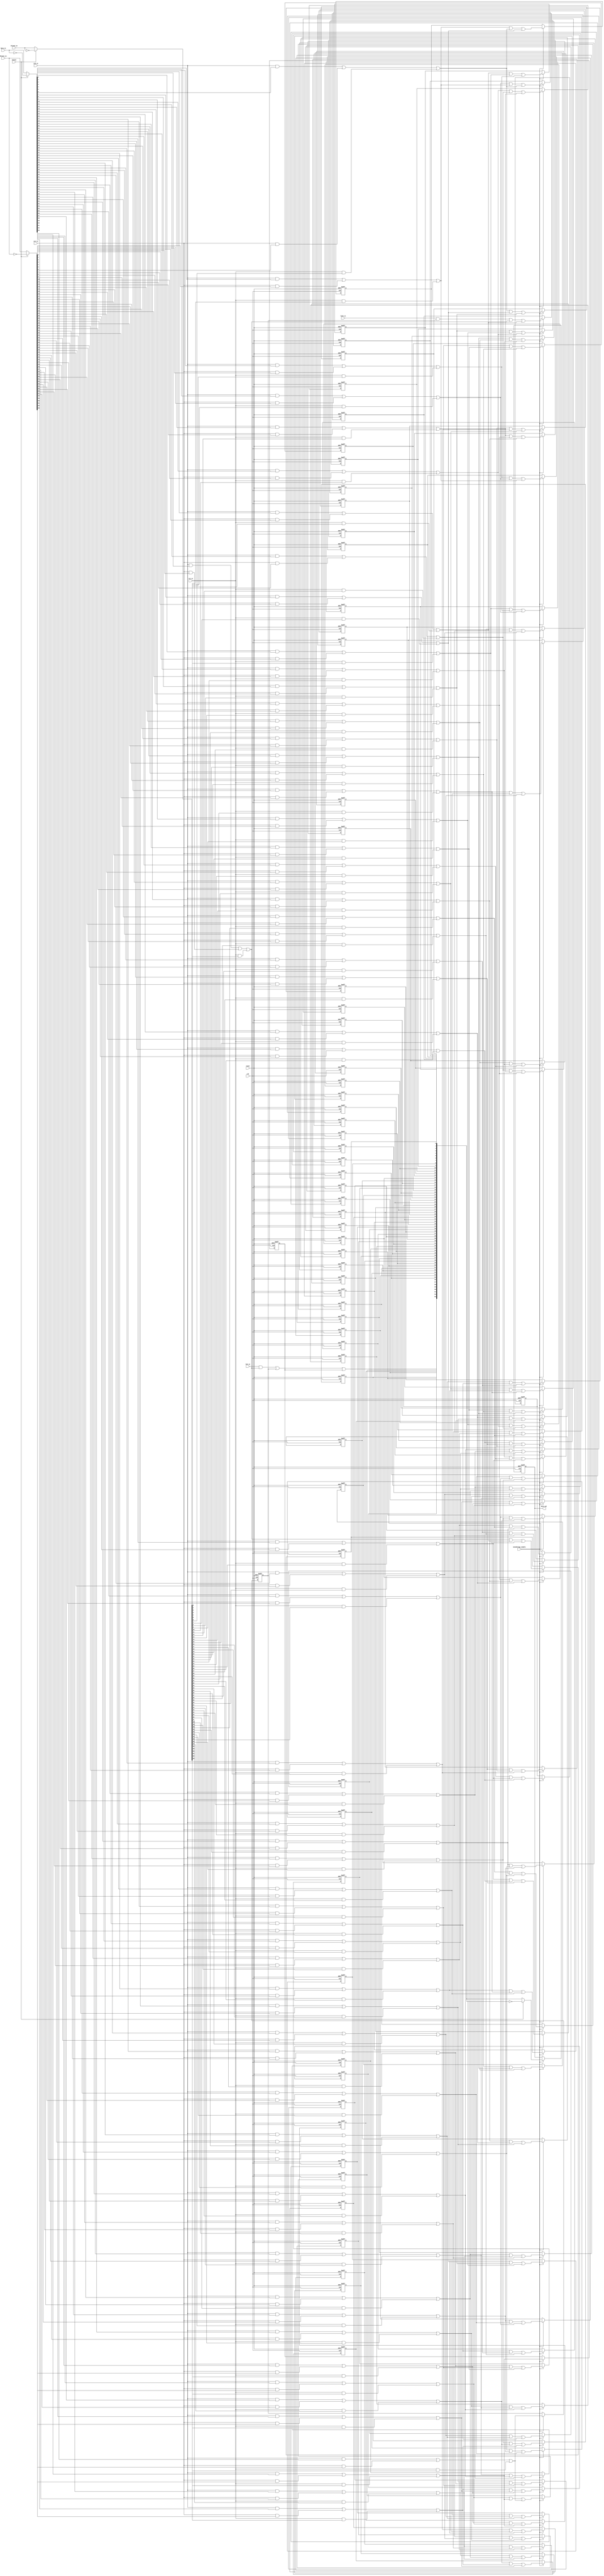
module morphology(clk, reset, Data_in, Dline1_in, Dline2_in, vc0_in, vc1_in, vc2_in, hc0_in, hc63_in, choose, data_out, morphology_enable);
   input    [63:0]   Data_in;  //data in
   input    [63:0]   Dline1_in; 
   input    [63:0]   Dline2_in; //Delay line
   input             clk, morphology_enable;
   input             reset;
   input             choose;//0:Dilation 1:Erosion
   input             vc0_in, vc1_in, vc2_in;
   input             hc0_in, hc63_in;  //Bz
   
   output   [63:0]   data_out;
   
   
   
   wire     [63:0]   data_out_w;
	wire     [63:0]   a_w, b_w, c_w;             
	wire              row_compute_00_w; 
	wire              row_compute_01_w; 
	wire              row_compute_02_w; 
	wire              row_compute_03_w; 
	wire              row_compute_04_w; 
	wire              row_compute_05_w; 
	wire              row_compute_06_w; 
	wire              row_compute_07_w; 
	wire              row_compute_08_w; 
	wire              row_compute_09_w; 
	wire              row_compute_10_w; 
	wire              row_compute_11_w; 
	wire              row_compute_12_w; 
	wire              row_compute_13_w; 
	wire              row_compute_14_w; 
	wire              row_compute_15_w; 
	wire              row_compute_16_w; 
	wire              row_compute_17_w; 
	wire              row_compute_18_w; 
	wire              row_compute_19_w; 
	wire              row_compute_20_w; 
	wire              row_compute_21_w; 
	wire              row_compute_22_w; 
	wire              row_compute_23_w; 
	wire              row_compute_24_w; 
	wire              row_compute_25_w; 
	wire              row_compute_26_w; 
	wire              row_compute_27_w; 
	wire              row_compute_28_w; 
	wire              row_compute_29_w; 
	wire              row_compute_30_w; 
	wire              row_compute_31_w; 
	wire              row_compute_32_w; 
	wire              row_compute_33_w; 
	wire              row_compute_34_w; 
	wire              row_compute_35_w; 
	wire              row_compute_36_w; 
	wire              row_compute_37_w; 
	wire              row_compute_38_w; 
	wire              row_compute_39_w; 
	wire              row_compute_40_w; 
	wire              row_compute_41_w; 
	wire              row_compute_42_w; 
	wire              row_compute_43_w; 
	wire              row_compute_44_w; 
	wire              row_compute_45_w; 
	wire              row_compute_46_w; 
	wire              row_compute_47_w; 
	wire              row_compute_48_w; 
	wire              row_compute_49_w; 
	wire              row_compute_50_w; 
	wire              row_compute_51_w; 
	wire              row_compute_52_w; 
	wire              row_compute_53_w; 
	wire              row_compute_54_w; 
	wire              row_compute_55_w; 
	wire              row_compute_56_w; 
	wire              row_compute_57_w; 
	wire              row_compute_58_w; 
	wire              row_compute_59_w; 
	wire              row_compute_60_w; 
	wire              row_compute_61_w; 
	wire              row_compute_62_w; 
	wire              row_compute_63_w; 
	
	wire     [63:0]   r_w; 
	
	
	wire              p00_w; 
	wire              p01_w; 
	wire              p02_w; 
	wire              p03_w; 
	wire              p04_w; 
	wire              p05_w; 
	wire              p06_w; 
	wire              p07_w; 
	wire              p08_w; 
	wire              p09_w; 
	wire              p10_w; 
	wire              p11_w; 
	wire              p12_w; 
	wire              p13_w; 
	wire              p14_w; 
	wire              p15_w; 
	wire              p16_w; 
	wire              p17_w; 
	wire              p18_w; 
	wire              p19_w; 
	wire              p20_w; 
	wire              p21_w; 
	wire              p22_w; 
	wire              p23_w; 
	wire              p24_w; 
	wire              p25_w; 
	wire              p26_w; 
	wire              p27_w; 
	wire              p28_w; 
	wire              p29_w; 
	wire              p30_w; 
	wire              p31_w; 
	wire              p32_w; 
	wire              p33_w; 
	wire              p34_w; 
	wire              p35_w; 
	wire              p36_w; 
	wire              p37_w; 
	wire              p38_w; 
	wire              p39_w; 
	wire              p40_w; 
	wire              p41_w; 
	wire              p42_w; 
	wire              p43_w; 
	wire              p44_w; 
	wire              p45_w; 
	wire              p46_w; 
	wire              p47_w; 
	wire              p48_w; 
	wire              p49_w; 
	wire              p50_w; 
	wire              p51_w; 
	wire              p52_w; 
	wire              p53_w; 
	wire              p54_w; 
	wire              p55_w; 
	wire              p56_w; 
	wire              p57_w; 
	wire              p58_w; 
	wire              p59_w; 
	wire              p60_w; 
	wire              p61_w; 
	wire              p62_w; 
	
	
	reg      [63:0]   data_out;
	reg               choose_r;
	reg               da_r, db_r;
	reg               d_00_r;
	reg               d_01_r;
	reg               d_02_r;
	reg               d_03_r;
	reg               d_04_r;
	reg               d_05_r;
	reg               d_06_r;
	reg               d_07_r;
	reg               d_08_r;
	reg               d_09_r;
	reg               d_10_r;
	reg               d_11_r;
	reg               d_12_r;
	reg               d_13_r;
	reg               d_14_r;
	reg               d_15_r;
	reg               d_16_r;
	reg               d_17_r;
	reg               d_18_r;
	reg               d_19_r;
	reg               d_20_r;
	reg               d_21_r;
	reg               d_22_r;
	reg               d_23_r;
	reg               d_24_r;
	reg               d_25_r;
	reg               d_26_r;
	reg               d_27_r;
	reg               d_28_r;
	reg               d_29_r;
	reg               d_30_r;
	reg               d_31_r;
	reg               d_32_r;
	reg               d_33_r;
	reg               d_34_r;
	reg               d_35_r;
	reg               d_36_r;
	reg               d_37_r;
	reg               d_38_r;
	reg               d_39_r;
	reg               d_40_r;
	reg               d_41_r;
	reg               d_42_r;
	reg               d_43_r;
	reg               d_44_r;
	reg               d_45_r;
	reg               d_46_r;
	reg               d_47_r;
	reg               d_48_r;
	reg               d_49_r;
	reg               d_50_r;
	reg               d_51_r;
	reg               d_52_r;
	reg               d_53_r;
	reg               d_54_r;
	reg               d_55_r;
	reg               d_56_r;
	reg               d_57_r;
	reg               d_58_r;
	reg               d_59_r;
	reg               d_60_r;
	reg               d_61_r;
	reg               d_62_r;
	
	
	
	
	
	
	
	assign a_w = (choose == 1'b0) ? Data_in : ~Data_in;
	assign b_w = (choose == 1'b0) ? Dline1_in : ~Dline1_in;
	assign c_w = (choose == 1'b0) ? Dline2_in : ~Dline2_in;
	
	assign row_compute_00_w = (vc0_in && a_w[00]) || (vc1_in && b_w[00]) || (vc2_in && c_w[00]); 
	assign row_compute_01_w = (vc0_in && a_w[01]) || (vc1_in && b_w[01]) || (vc2_in && c_w[01]); 
	assign row_compute_02_w = (vc0_in && a_w[02]) || (vc1_in && b_w[02]) || (vc2_in && c_w[02]); 
	assign row_compute_03_w = (vc0_in && a_w[03]) || (vc1_in && b_w[03]) || (vc2_in && c_w[03]); 
	assign row_compute_04_w = (vc0_in && a_w[04]) || (vc1_in && b_w[04]) || (vc2_in && c_w[04]); 
	assign row_compute_05_w = (vc0_in && a_w[05]) || (vc1_in && b_w[05]) || (vc2_in && c_w[05]); 
	assign row_compute_06_w = (vc0_in && a_w[06]) || (vc1_in && b_w[06]) || (vc2_in && c_w[06]); 
	assign row_compute_07_w = (vc0_in && a_w[07]) || (vc1_in && b_w[07]) || (vc2_in && c_w[07]); 
	assign row_compute_08_w = (vc0_in && a_w[08]) || (vc1_in && b_w[08]) || (vc2_in && c_w[08]); 
	assign row_compute_09_w = (vc0_in && a_w[09]) || (vc1_in && b_w[09]) || (vc2_in && c_w[09]); 
	assign row_compute_10_w = (vc0_in && a_w[10]) || (vc1_in && b_w[10]) || (vc2_in && c_w[10]); 
	assign row_compute_11_w = (vc0_in && a_w[11]) || (vc1_in && b_w[11]) || (vc2_in && c_w[11]); 
	assign row_compute_12_w = (vc0_in && a_w[12]) || (vc1_in && b_w[12]) || (vc2_in && c_w[12]); 
	assign row_compute_13_w = (vc0_in && a_w[13]) || (vc1_in && b_w[13]) || (vc2_in && c_w[13]); 
	assign row_compute_14_w = (vc0_in && a_w[14]) || (vc1_in && b_w[14]) || (vc2_in && c_w[14]); 
	assign row_compute_15_w = (vc0_in && a_w[15]) || (vc1_in && b_w[15]) || (vc2_in && c_w[15]); 
	assign row_compute_16_w = (vc0_in && a_w[16]) || (vc1_in && b_w[16]) || (vc2_in && c_w[16]); 
	assign row_compute_17_w = (vc0_in && a_w[17]) || (vc1_in && b_w[17]) || (vc2_in && c_w[17]); 
	assign row_compute_18_w = (vc0_in && a_w[18]) || (vc1_in && b_w[18]) || (vc2_in && c_w[18]); 
	assign row_compute_19_w = (vc0_in && a_w[19]) || (vc1_in && b_w[19]) || (vc2_in && c_w[19]); 
	assign row_compute_20_w = (vc0_in && a_w[20]) || (vc1_in && b_w[20]) || (vc2_in && c_w[20]); 
	assign row_compute_21_w = (vc0_in && a_w[21]) || (vc1_in && b_w[21]) || (vc2_in && c_w[21]); 
	assign row_compute_22_w = (vc0_in && a_w[22]) || (vc1_in && b_w[22]) || (vc2_in && c_w[22]); 
	assign row_compute_23_w = (vc0_in && a_w[23]) || (vc1_in && b_w[23]) || (vc2_in && c_w[23]); 
	assign row_compute_24_w = (vc0_in && a_w[24]) || (vc1_in && b_w[24]) || (vc2_in && c_w[24]); 
	assign row_compute_25_w = (vc0_in && a_w[25]) || (vc1_in && b_w[25]) || (vc2_in && c_w[25]); 
	assign row_compute_26_w = (vc0_in && a_w[26]) || (vc1_in && b_w[26]) || (vc2_in && c_w[26]); 
	assign row_compute_27_w = (vc0_in && a_w[27]) || (vc1_in && b_w[27]) || (vc2_in && c_w[27]); 
	assign row_compute_28_w = (vc0_in && a_w[28]) || (vc1_in && b_w[28]) || (vc2_in && c_w[28]); 
	assign row_compute_29_w = (vc0_in && a_w[29]) || (vc1_in && b_w[29]) || (vc2_in && c_w[29]); 
	assign row_compute_30_w = (vc0_in && a_w[30]) || (vc1_in && b_w[30]) || (vc2_in && c_w[30]); 
	assign row_compute_31_w = (vc0_in && a_w[31]) || (vc1_in && b_w[31]) || (vc2_in && c_w[31]); 
	assign row_compute_32_w = (vc0_in && a_w[32]) || (vc1_in && b_w[32]) || (vc2_in && c_w[32]); 
	assign row_compute_33_w = (vc0_in && a_w[33]) || (vc1_in && b_w[33]) || (vc2_in && c_w[33]); 
	assign row_compute_34_w = (vc0_in && a_w[34]) || (vc1_in && b_w[34]) || (vc2_in && c_w[34]); 
	assign row_compute_35_w = (vc0_in && a_w[35]) || (vc1_in && b_w[35]) || (vc2_in && c_w[35]); 
	assign row_compute_36_w = (vc0_in && a_w[36]) || (vc1_in && b_w[36]) || (vc2_in && c_w[36]); 
	assign row_compute_37_w = (vc0_in && a_w[37]) || (vc1_in && b_w[37]) || (vc2_in && c_w[37]); 
	assign row_compute_38_w = (vc0_in && a_w[38]) || (vc1_in && b_w[38]) || (vc2_in && c_w[38]); 
	assign row_compute_39_w = (vc0_in && a_w[39]) || (vc1_in && b_w[39]) || (vc2_in && c_w[39]); 
	assign row_compute_40_w = (vc0_in && a_w[40]) || (vc1_in && b_w[40]) || (vc2_in && c_w[40]); 
	assign row_compute_41_w = (vc0_in && a_w[41]) || (vc1_in && b_w[41]) || (vc2_in && c_w[41]); 
	assign row_compute_42_w = (vc0_in && a_w[42]) || (vc1_in && b_w[42]) || (vc2_in && c_w[42]); 
	assign row_compute_43_w = (vc0_in && a_w[43]) || (vc1_in && b_w[43]) || (vc2_in && c_w[43]); 
	assign row_compute_44_w = (vc0_in && a_w[44]) || (vc1_in && b_w[44]) || (vc2_in && c_w[44]); 
	assign row_compute_45_w = (vc0_in && a_w[45]) || (vc1_in && b_w[45]) || (vc2_in && c_w[45]); 
	assign row_compute_46_w = (vc0_in && a_w[46]) || (vc1_in && b_w[46]) || (vc2_in && c_w[46]); 
	assign row_compute_47_w = (vc0_in && a_w[47]) || (vc1_in && b_w[47]) || (vc2_in && c_w[47]); 
	assign row_compute_48_w = (vc0_in && a_w[48]) || (vc1_in && b_w[48]) || (vc2_in && c_w[48]); 
	assign row_compute_49_w = (vc0_in && a_w[49]) || (vc1_in && b_w[49]) || (vc2_in && c_w[49]); 
	assign row_compute_50_w = (vc0_in && a_w[50]) || (vc1_in && b_w[50]) || (vc2_in && c_w[50]); 
	assign row_compute_51_w = (vc0_in && a_w[51]) || (vc1_in && b_w[51]) || (vc2_in && c_w[51]); 
	assign row_compute_52_w = (vc0_in && a_w[52]) || (vc1_in && b_w[52]) || (vc2_in && c_w[52]); 
	assign row_compute_53_w = (vc0_in && a_w[53]) || (vc1_in && b_w[53]) || (vc2_in && c_w[53]); 
	assign row_compute_54_w = (vc0_in && a_w[54]) || (vc1_in && b_w[54]) || (vc2_in && c_w[54]); 
	assign row_compute_55_w = (vc0_in && a_w[55]) || (vc1_in && b_w[55]) || (vc2_in && c_w[55]); 
	assign row_compute_56_w = (vc0_in && a_w[56]) || (vc1_in && b_w[56]) || (vc2_in && c_w[56]); 
	assign row_compute_57_w = (vc0_in && a_w[57]) || (vc1_in && b_w[57]) || (vc2_in && c_w[57]); 
	assign row_compute_58_w = (vc0_in && a_w[58]) || (vc1_in && b_w[58]) || (vc2_in && c_w[58]); 
	assign row_compute_59_w = (vc0_in && a_w[59]) || (vc1_in && b_w[59]) || (vc2_in && c_w[59]); 
	assign row_compute_60_w = (vc0_in && a_w[60]) || (vc1_in && b_w[60]) || (vc2_in && c_w[60]); 
	assign row_compute_61_w = (vc0_in && a_w[61]) || (vc1_in && b_w[61]) || (vc2_in && c_w[61]); 
	assign row_compute_62_w = (vc0_in && a_w[62]) || (vc1_in && b_w[62]) || (vc2_in && c_w[62]); 
	assign row_compute_63_w = (vc0_in && a_w[63]) || (vc1_in && b_w[63]) || (vc2_in && c_w[63]); 
	
	assign r_w[00] = d_00_r;
   assign r_w[01] = d_01_r;
   assign r_w[02] = d_02_r;
   assign r_w[03] = d_03_r;
   assign r_w[04] = d_04_r;
   assign r_w[05] = d_05_r;
   assign r_w[06] = d_06_r;
   assign r_w[07] = d_07_r;
   assign r_w[08] = d_08_r;
   assign r_w[09] = d_09_r;
   assign r_w[10] = d_10_r;
   assign r_w[11] = d_11_r;
   assign r_w[12] = d_12_r;
   assign r_w[13] = d_13_r;
   assign r_w[14] = d_14_r;
   assign r_w[15] = d_15_r;
   assign r_w[16] = d_16_r;
   assign r_w[17] = d_17_r;
   assign r_w[18] = d_18_r;
   assign r_w[19] = d_19_r;
   assign r_w[20] = d_20_r;
   assign r_w[21] = d_21_r;
   assign r_w[22] = d_22_r;
   assign r_w[23] = d_23_r;
   assign r_w[24] = d_24_r;
   assign r_w[25] = d_25_r;
   assign r_w[26] = d_26_r;
   assign r_w[27] = d_27_r;
   assign r_w[28] = d_28_r;
   assign r_w[29] = d_29_r;
   assign r_w[30] = d_30_r;
   assign r_w[31] = d_31_r;
   assign r_w[32] = d_32_r;
   assign r_w[33] = d_33_r;
   assign r_w[34] = d_34_r;
   assign r_w[35] = d_35_r;
   assign r_w[36] = d_36_r;
   assign r_w[37] = d_37_r;
   assign r_w[38] = d_38_r;
   assign r_w[39] = d_39_r;
   assign r_w[40] = d_40_r;
   assign r_w[41] = d_41_r;
   assign r_w[42] = d_42_r;
   assign r_w[43] = d_43_r;
   assign r_w[44] = d_44_r;
   assign r_w[45] = d_45_r;
   assign r_w[46] = d_46_r;
   assign r_w[47] = d_47_r;
   assign r_w[48] = d_48_r;
   assign r_w[49] = d_49_r;
   assign r_w[50] = d_50_r;
   assign r_w[51] = d_51_r;
   assign r_w[52] = d_52_r;
   assign r_w[53] = d_53_r;
   assign r_w[54] = d_54_r;
   assign r_w[55] = d_55_r;
   assign r_w[56] = d_56_r;
   assign r_w[57] = d_57_r;
   assign r_w[58] = d_58_r;
   assign r_w[59] = d_59_r;
   assign r_w[60] = d_60_r;
   assign r_w[61] = d_61_r;
   assign r_w[62] = d_62_r;
   assign r_w[63] = (hc0_in && row_compute_00_w) || da_r || db_r;
   
   assign p00_w = (hc63_in && da_r) || row_compute_00_w || row_compute_01_w;
   assign p01_w = row_compute_00_w || row_compute_01_w || row_compute_02_w;
   assign p02_w = row_compute_01_w || row_compute_02_w || row_compute_03_w;
   assign p03_w = row_compute_02_w || row_compute_03_w || row_compute_04_w;
   assign p04_w = row_compute_03_w || row_compute_04_w || row_compute_05_w;
   assign p05_w = row_compute_04_w || row_compute_05_w || row_compute_06_w;
   assign p06_w = row_compute_05_w || row_compute_06_w || row_compute_07_w;
   assign p07_w = row_compute_06_w || row_compute_07_w || row_compute_08_w;
   assign p08_w = row_compute_07_w || row_compute_08_w || row_compute_09_w;
   assign p09_w = row_compute_08_w || row_compute_09_w || row_compute_10_w;
   assign p10_w = row_compute_09_w || row_compute_10_w || row_compute_11_w;
   assign p11_w = row_compute_10_w || row_compute_11_w || row_compute_12_w;
   assign p12_w = row_compute_11_w || row_compute_12_w || row_compute_13_w;
   assign p13_w = row_compute_12_w || row_compute_13_w || row_compute_14_w;
   assign p14_w = row_compute_13_w || row_compute_14_w || row_compute_15_w;
   assign p15_w = row_compute_14_w || row_compute_15_w || row_compute_16_w;
   assign p16_w = row_compute_15_w || row_compute_16_w || row_compute_17_w;
   assign p17_w = row_compute_16_w || row_compute_17_w || row_compute_18_w;
   assign p18_w = row_compute_17_w || row_compute_18_w || row_compute_19_w;
   assign p19_w = row_compute_18_w || row_compute_19_w || row_compute_20_w;
   assign p20_w = row_compute_19_w || row_compute_20_w || row_compute_21_w;
   assign p21_w = row_compute_20_w || row_compute_21_w || row_compute_22_w;
   assign p22_w = row_compute_21_w || row_compute_22_w || row_compute_23_w;
   assign p23_w = row_compute_22_w || row_compute_23_w || row_compute_24_w;
   assign p24_w = row_compute_23_w || row_compute_24_w || row_compute_25_w;
   assign p25_w = row_compute_24_w || row_compute_25_w || row_compute_26_w;
   assign p26_w = row_compute_25_w || row_compute_26_w || row_compute_27_w;
   assign p27_w = row_compute_26_w || row_compute_27_w || row_compute_28_w;
   assign p28_w = row_compute_27_w || row_compute_28_w || row_compute_29_w;
   assign p29_w = row_compute_28_w || row_compute_29_w || row_compute_30_w;
   assign p30_w = row_compute_29_w || row_compute_30_w || row_compute_31_w;
   assign p31_w = row_compute_30_w || row_compute_31_w || row_compute_32_w;
   assign p32_w = row_compute_31_w || row_compute_32_w || row_compute_33_w;
   assign p33_w = row_compute_32_w || row_compute_33_w || row_compute_34_w;
   assign p34_w = row_compute_33_w || row_compute_34_w || row_compute_35_w;
   assign p35_w = row_compute_34_w || row_compute_35_w || row_compute_36_w;
   assign p36_w = row_compute_35_w || row_compute_36_w || row_compute_37_w;
   assign p37_w = row_compute_36_w || row_compute_37_w || row_compute_38_w;
   assign p38_w = row_compute_37_w || row_compute_38_w || row_compute_39_w;
   assign p39_w = row_compute_38_w || row_compute_39_w || row_compute_40_w;
   assign p40_w = row_compute_39_w || row_compute_40_w || row_compute_41_w;
   assign p41_w = row_compute_40_w || row_compute_41_w || row_compute_42_w;
   assign p42_w = row_compute_41_w || row_compute_42_w || row_compute_43_w;
   assign p43_w = row_compute_42_w || row_compute_43_w || row_compute_44_w;
   assign p44_w = row_compute_43_w || row_compute_44_w || row_compute_45_w;
   assign p45_w = row_compute_44_w || row_compute_45_w || row_compute_46_w;
   assign p46_w = row_compute_45_w || row_compute_46_w || row_compute_47_w;
   assign p47_w = row_compute_46_w || row_compute_47_w || row_compute_48_w;
   assign p48_w = row_compute_47_w || row_compute_48_w || row_compute_49_w;
   assign p49_w = row_compute_48_w || row_compute_49_w || row_compute_50_w;
   assign p50_w = row_compute_49_w || row_compute_50_w || row_compute_51_w;
   assign p51_w = row_compute_50_w || row_compute_51_w || row_compute_52_w;
   assign p52_w = row_compute_51_w || row_compute_52_w || row_compute_53_w;
   assign p53_w = row_compute_52_w || row_compute_53_w || row_compute_54_w;
   assign p54_w = row_compute_53_w || row_compute_54_w || row_compute_55_w;
   assign p55_w = row_compute_54_w || row_compute_55_w || row_compute_56_w;
   assign p56_w = row_compute_55_w || row_compute_56_w || row_compute_57_w;
   assign p57_w = row_compute_56_w || row_compute_57_w || row_compute_58_w;
   assign p58_w = row_compute_57_w || row_compute_58_w || row_compute_59_w;
   assign p59_w = row_compute_58_w || row_compute_59_w || row_compute_60_w;
   assign p60_w = row_compute_59_w || row_compute_60_w || row_compute_61_w;
   assign p61_w = row_compute_60_w || row_compute_61_w || row_compute_62_w;
   assign p62_w = row_compute_61_w || row_compute_62_w || row_compute_63_w;
   
   
   assign data_out_w = (choose == 1'b0) ? r_w : ~r_w;
   
	
   
   
   
   always@(posedge clk or posedge reset)
   begin
      if(reset)
      begin
         da_r <= 1'b0;
         db_r <= 1'b0;
         d_00_r <= 1'b0;
         d_01_r <= 1'b0;
         d_02_r <= 1'b0;
         d_03_r <= 1'b0;
         d_04_r <= 1'b0;
         d_05_r <= 1'b0;
         d_06_r <= 1'b0;
         d_07_r <= 1'b0;
         d_08_r <= 1'b0;
         d_09_r <= 1'b0;
         d_10_r <= 1'b0;
         d_11_r <= 1'b0;
         d_12_r <= 1'b0;
         d_13_r <= 1'b0;
         d_14_r <= 1'b0;
         d_15_r <= 1'b0;
         d_16_r <= 1'b0;
         d_17_r <= 1'b0;
         d_18_r <= 1'b0;
         d_19_r <= 1'b0;
         d_20_r <= 1'b0;
         d_21_r <= 1'b0;
         d_22_r <= 1'b0;
         d_23_r <= 1'b0;
         d_24_r <= 1'b0;
         d_25_r <= 1'b0;
         d_26_r <= 1'b0;
         d_27_r <= 1'b0;
         d_28_r <= 1'b0;
         d_29_r <= 1'b0;
         d_30_r <= 1'b0;
         d_31_r <= 1'b0;
         d_32_r <= 1'b0;
         d_33_r <= 1'b0;
         d_34_r <= 1'b0;
         d_35_r <= 1'b0;
         d_36_r <= 1'b0;
         d_37_r <= 1'b0;
         d_38_r <= 1'b0;
         d_39_r <= 1'b0;
         d_40_r <= 1'b0;
         d_41_r <= 1'b0;
         d_42_r <= 1'b0;
         d_43_r <= 1'b0;
         d_44_r <= 1'b0;
         d_45_r <= 1'b0;
         d_46_r <= 1'b0;
         d_47_r <= 1'b0;
         d_48_r <= 1'b0;
         d_49_r <= 1'b0;
         d_50_r <= 1'b0;
         d_51_r <= 1'b0;
         d_52_r <= 1'b0;
         d_53_r <= 1'b0;
         d_54_r <= 1'b0;
         d_55_r <= 1'b0;
         d_56_r <= 1'b0;
         d_57_r <= 1'b0;
         d_58_r <= 1'b0;
         d_59_r <= 1'b0;
         d_60_r <= 1'b0;
         d_61_r <= 1'b0;
         d_62_r <= 1'b0;
         
         
         data_out <= 64'd0;
         
         
         
         
         
         
      end
      else
      begin
         if(morphology_enable)
         begin
            da_r <= row_compute_63_w;
            db_r <= row_compute_62_w;
            d_00_r <= p00_w;
            d_01_r <= p01_w;
            d_02_r <= p02_w;
            d_03_r <= p03_w;
            d_04_r <= p04_w;
            d_05_r <= p05_w;
            d_06_r <= p06_w;
            d_07_r <= p07_w;
            d_08_r <= p08_w;
            d_09_r <= p09_w;
            d_10_r <= p10_w;
            d_11_r <= p11_w;
            d_12_r <= p12_w;
            d_13_r <= p13_w;
            d_14_r <= p14_w;
            d_15_r <= p15_w;
            d_16_r <= p16_w;
            d_17_r <= p17_w;
            d_18_r <= p18_w;
            d_19_r <= p19_w;
            d_20_r <= p20_w;
            d_21_r <= p21_w;
            d_22_r <= p22_w;
            d_23_r <= p23_w;
            d_24_r <= p24_w;
            d_25_r <= p25_w;
            d_26_r <= p26_w;
            d_27_r <= p27_w;
            d_28_r <= p28_w;
            d_29_r <= p29_w;
            d_30_r <= p30_w;
            d_31_r <= p31_w;
            d_32_r <= p32_w;
            d_33_r <= p33_w;
            d_34_r <= p34_w;
            d_35_r <= p35_w;
            d_36_r <= p36_w;
            d_37_r <= p37_w;
            d_38_r <= p38_w;
            d_39_r <= p39_w;
            d_40_r <= p40_w;
            d_41_r <= p41_w;
            d_42_r <= p42_w;
            d_43_r <= p43_w;
            d_44_r <= p44_w;
            d_45_r <= p45_w;
            d_46_r <= p46_w;
            d_47_r <= p47_w;
            d_48_r <= p48_w;
            d_49_r <= p49_w;
            d_50_r <= p50_w;
            d_51_r <= p51_w;
            d_52_r <= p52_w;
            d_53_r <= p53_w;
            d_54_r <= p54_w;
            d_55_r <= p55_w;
            d_56_r <= p56_w;
            d_57_r <= p57_w;
            d_58_r <= p58_w;
            d_59_r <= p59_w;
            d_60_r <= p60_w;
            d_61_r <= p61_w;
            d_62_r <= p62_w;
            
            data_out <= data_out_w;
         end
         
      end
         
   end   
         
         
endmodule